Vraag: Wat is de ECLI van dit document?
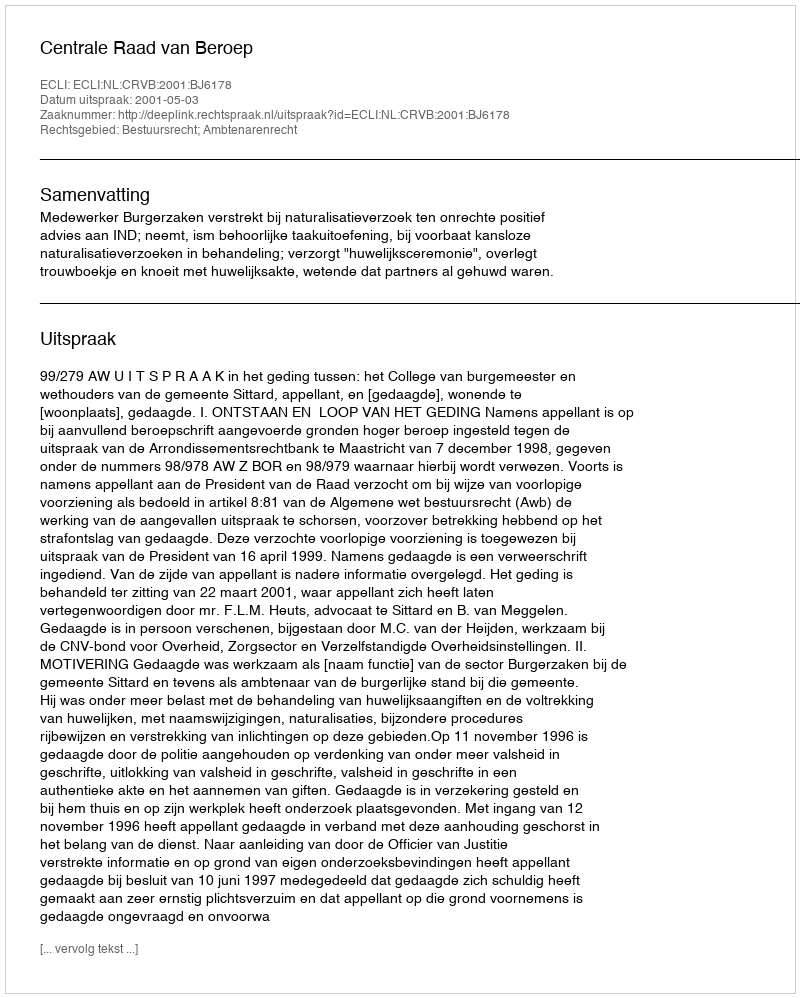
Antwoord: ECLI:NL:CRVB:2001:BJ6178